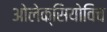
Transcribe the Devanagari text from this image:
ओलेक्सियोविच